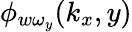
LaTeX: \phi_{w\omega_{y}}(k_{x},y)